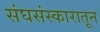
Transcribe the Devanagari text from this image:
संघसंस्कारातून